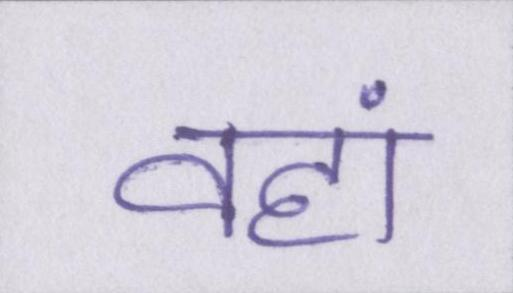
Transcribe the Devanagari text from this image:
वहां